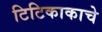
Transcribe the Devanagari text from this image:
टिटिकाकाचे